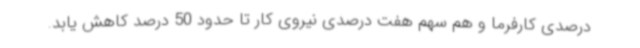
درصدی کارفرما و هم سهم هفت درصدی نیروی کار تا حدود 50 درصد کاهش یابد.